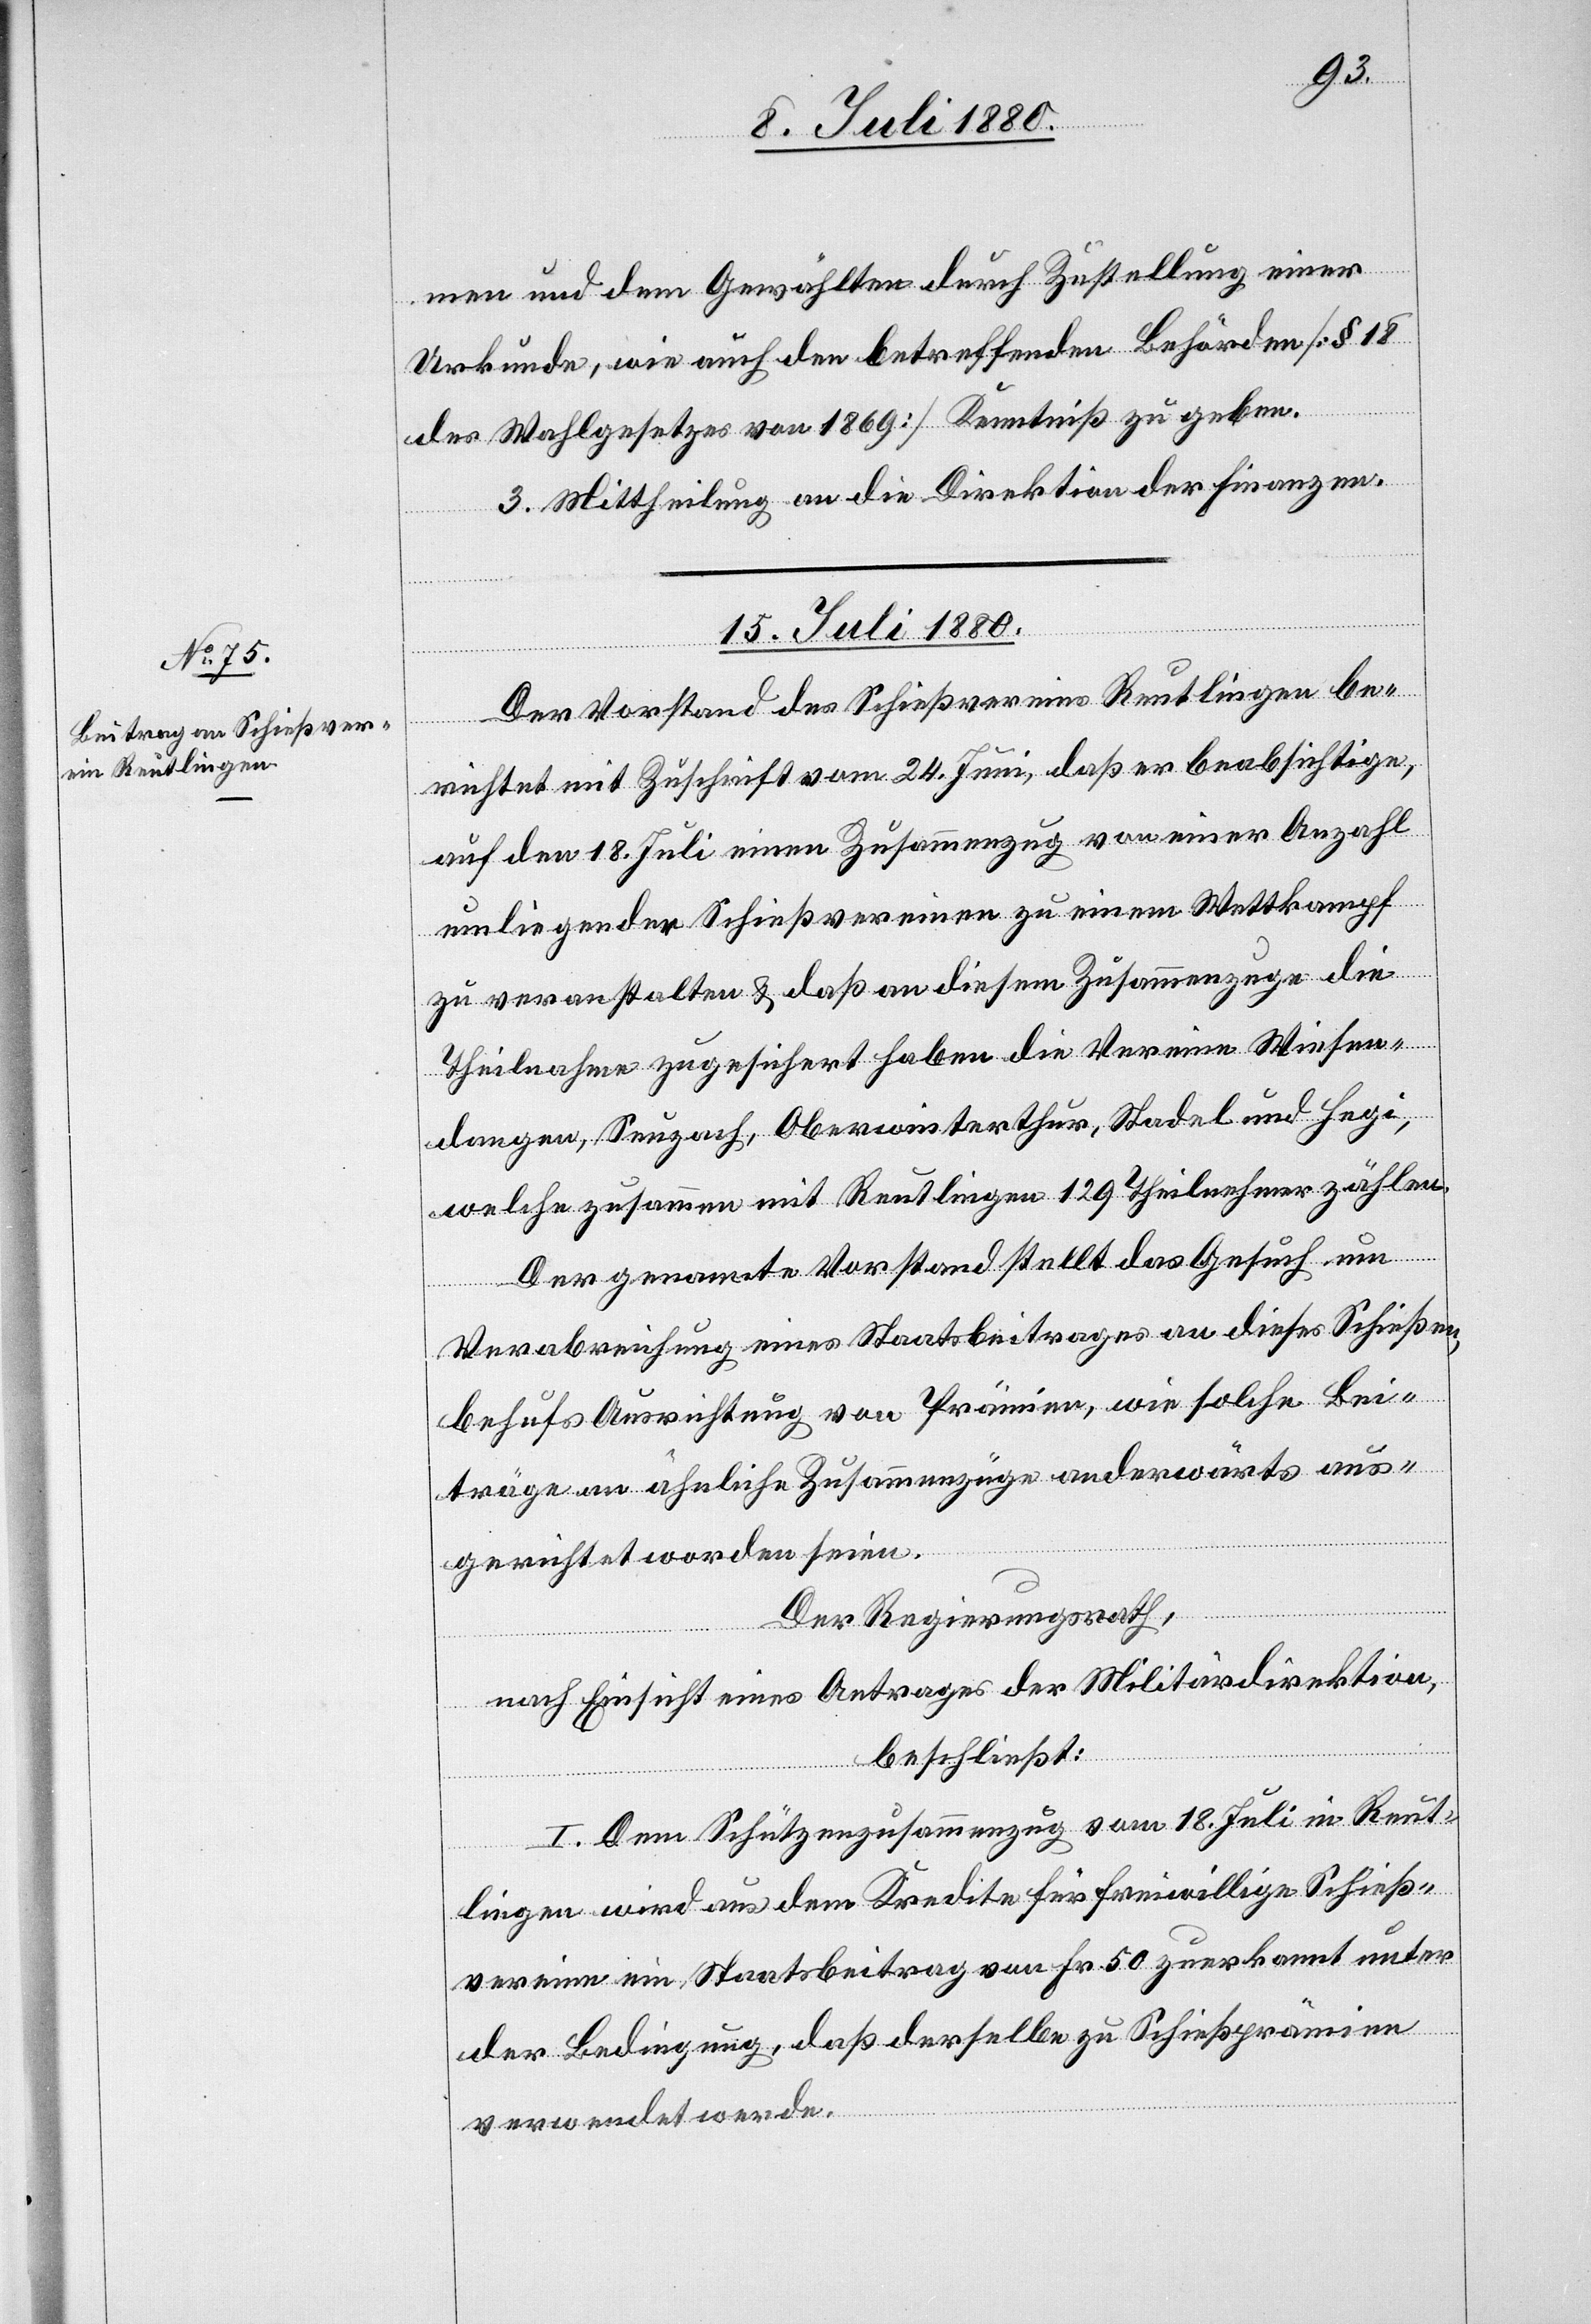
men und dem Gewählten durch Zustellung einer
Urkunde, wie auch den betreffenden Behörden [§ 18
des Wahlgesetzes von 1869] Kenntniß zu geben.
3. Mittheilung an die Direktion der Finanzen.
15. Juli 1880.
Der Vorstand des Schießvereins Reutlingen be¬
richtet mit Zuschrift vom 24. Juni, daß er beabsichtige,
auf den 18. Juli einen Zusammenzug von einer Anzahl
umliegender Schießvereinen zu einem Wettkampf
zu veranstalten & daß an diesem Zusammenzuge die
Theilnahme zugesichert haben die Vereine Wiesen¬
dangen, Seuzach, Oberwinterthur, Stadel und Hegi,
welche zusammen mit Reutlingen 129 Theilnehmer zählen.
Der genannte Vorstand stellt das Gesuch um
Verabreichung eines Staatsbeitrages an dieses Schießen,
behufs Ausrichtung von Prämien, wie solche Bei¬
träge an ähnliche Zusammenzüge anderwärts aus¬
gerichtet worden seien.
Der Regierungsrath,
nach Einsicht eines Antrages der Militärdirektion,
beschließt:
I. Am Schützenzusammenzug vom 18. Juli in Reut¬
lingen wird aus dem Kredite für freiwillige Schieß¬
vereine ein Staatsbeitrag von Fr. 50 zuerkannt unter
der Bedingung, daß derselbe zu Schießprämien
verwendet werde.